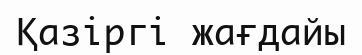
Қазіргі жағдайы